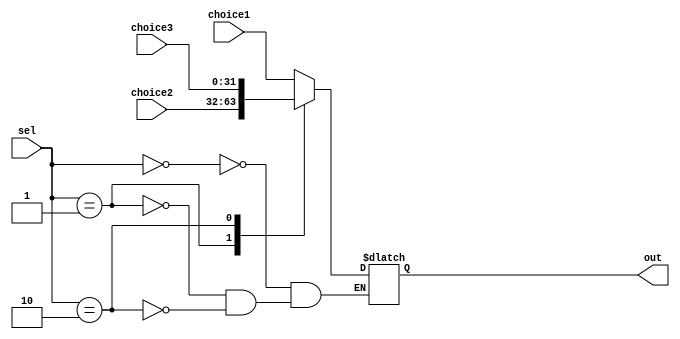
module mux3to1_32bit(choice1, choice2, choice3, out, sel);
	parameter n = 32;
	input[n-1:0] choice1;
	input[n-1:0] choice2;
	input[n-1:0] choice3;
	input[1:0] sel;
	output reg[n-1:0] out;

	always @(*) begin
		case(sel)
		2'b00: out = choice1;
		2'b01: out = choice2;
		2'b10: out = choice3;
		endcase
	end

endmodule